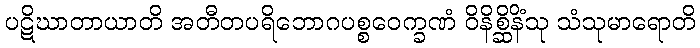
ပဋိဃာတာယာတိ အတီတပရိဘောဂပစ္စဝေက္ခဏံ ဝိနိစ္ဆိနိံသု သံသုမာရောတိ